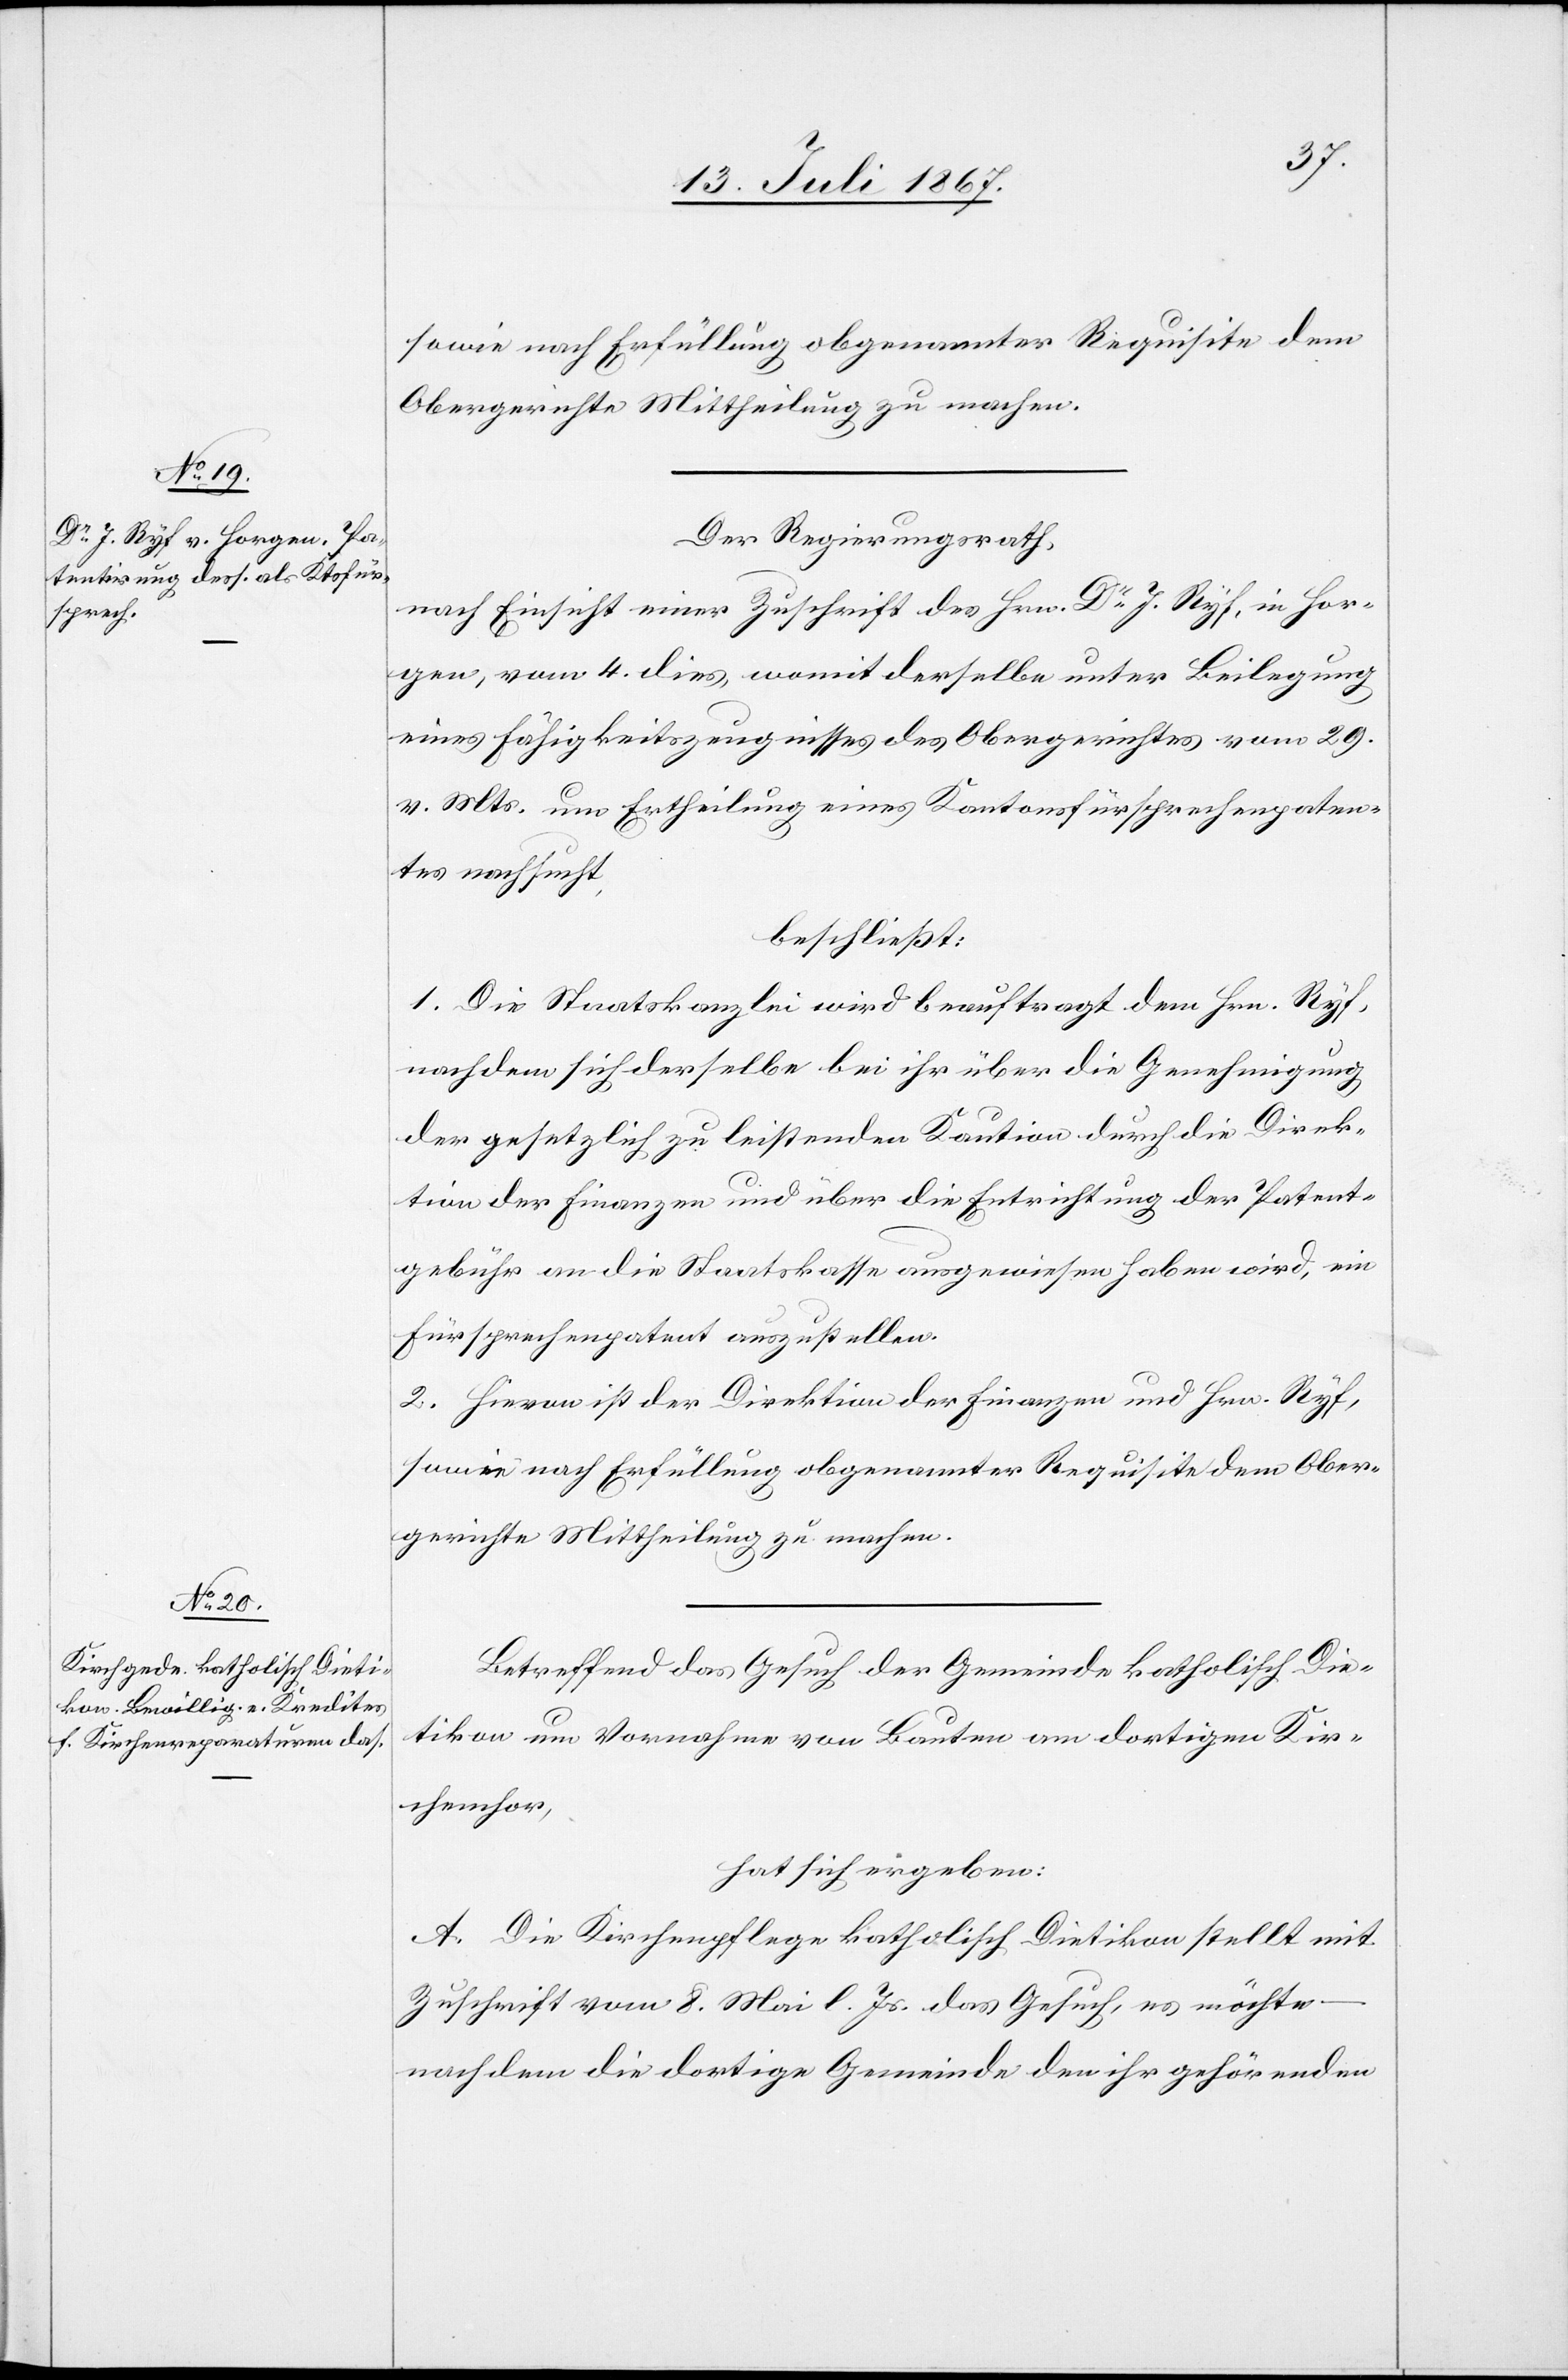
sowie nach Erfüllung obgenannter Requisite dem
Obergerichte Mittheilung zu machen.
Der Regierungsrath,
nach Einsicht eines Antrages des Hrn. Dr. J. Ryf, in Hor¬
gen, vom 4. dies, womit derselbe unter Beilegung
eines Fähigkeitszeugnisses des Obergerichtes vom 29.
v. Mts. um Ertheilung eines Kantonsfürsprechenpaten¬
tes nachsucht,
beschließt:
1. Die Staatskanzlei wird beauftragt, dem Hrn. Ryf,
nachdem sich derselbe bei ihr über die Genehmigung
der gesetzlich zu leistenden Kaution durch die Direk¬
tion der Finanzen und über die Entrichtung der Patent¬
gebühr an die Staatskasse ausgewiesen haben wird, ein
Fürsprechenpatent auszustellen.
2. Hievon ist der Direktion der Finanzen und Hrn. Ryf,
Betreffend das Gesuch der Gemeinde katholisch Die¬
tikon um Vornahme von Bauten am dortigen Kir¬
chenchor,
hat sich ergeben:
A. Die Kirchenpflege katholisch Dietikon stellt mit
Zuschrift vom 8. Mai l. Js. das Gesuch, es möchte
nachdem die dortige Gemeinde den ihr gehörenden